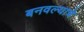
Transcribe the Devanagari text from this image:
बनवल्याचे